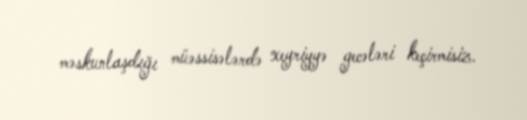
məskunlaşdığı müəssisələrdə xeyriyyə gecələri keçirmisiz.